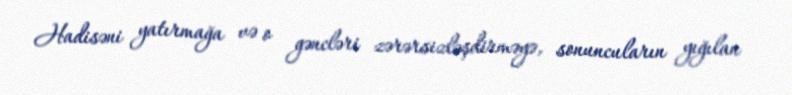
Hadisəni yatırmağa və o gəncləri zərərsizləşdirməyə, sonuncuların yığılan